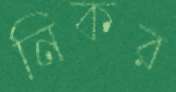
নিকর